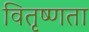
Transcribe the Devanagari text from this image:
वितृष्णता